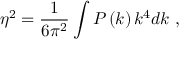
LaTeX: \eta ^ { 2 } = \frac { 1 } { 6 \pi ^ { 2 } } \int P \left( k \right) k ^ { 4 } d k \ ,